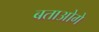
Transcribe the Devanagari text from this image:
बताओगे